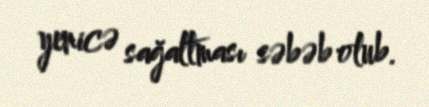
yenicə sağaltması səbəb olub.